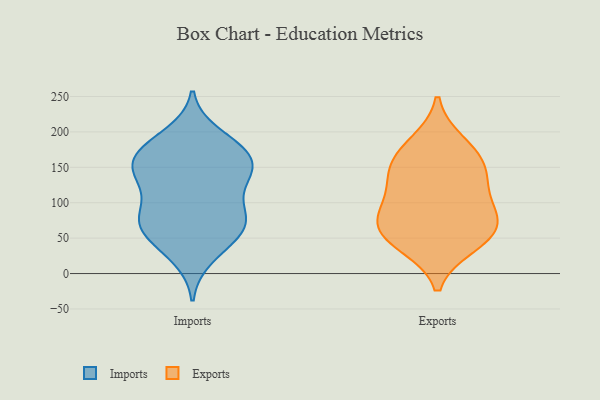
{"axis": {"x": "Shipments", "y": "Value"}, "legend": ["Exports", "Imports"], "data": [{"x": "", "y": 196, "type": "Imports"}, {"x": "", "y": 75, "type": "Imports"}, {"x": "", "y": 23, "type": "Imports"}, {"x": "", "y": 85, "type": "Imports"}, {"x": "", "y": 182, "type": "Imports"}, {"x": "", "y": 129, "type": "Imports"}, {"x": "", "y": 66, "type": "Imports"}, {"x": "", "y": 39, "type": "Imports"}, {"x": "", "y": 154, "type": "Imports"}, {"x": "", "y": 62, "type": "Imports"}, {"x": "", "y": 58, "type": "Imports"}, {"x": "", "y": 169, "type": "Imports"}, {"x": "", "y": 126, "type": "Imports"}, {"x": "", "y": 142, "type": "Imports"}, {"x": "", "y": 169, "type": "Imports"}, {"x": "", "y": 83, "type": "Imports"}, {"x": "", "y": 144, "type": "Imports"}, {"x": "", "y": 176, "type": "Imports"}, {"x": "", "y": 145, "type": "Imports"}, {"x": "", "y": 84, "type": "Imports"}, {"x": "", "y": 75, "type": "Exports"}, {"x": "", "y": 85, "type": "Exports"}, {"x": "", "y": 52, "type": "Exports"}, {"x": "", "y": 127, "type": "Exports"}, {"x": "", "y": 54, "type": "Exports"}, {"x": "", "y": 165, "type": "Exports"}, {"x": "", "y": 132, "type": "Exports"}, {"x": "", "y": 184, "type": "Exports"}, {"x": "", "y": 85, "type": "Exports"}, {"x": "", "y": 154, "type": "Exports"}, {"x": "", "y": 41, "type": "Exports"}]}